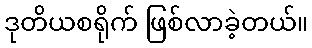
ဒုတိယစရိုက် ဖြစ်လာခဲ့တယ်။